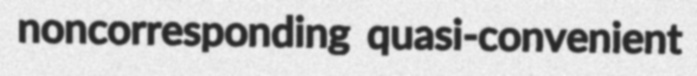
noncorresponding quasi-convenient